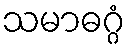
သမာဓဂ္ဂံ